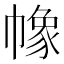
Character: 𢄵